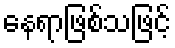
နေရာဖြစ်သဖြင့်